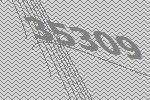
35309